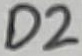
Text: D2